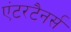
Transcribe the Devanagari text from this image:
एंटरटैनर्स